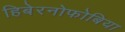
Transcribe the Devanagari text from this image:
हिबेरनोफोबिया